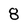
Character: 8